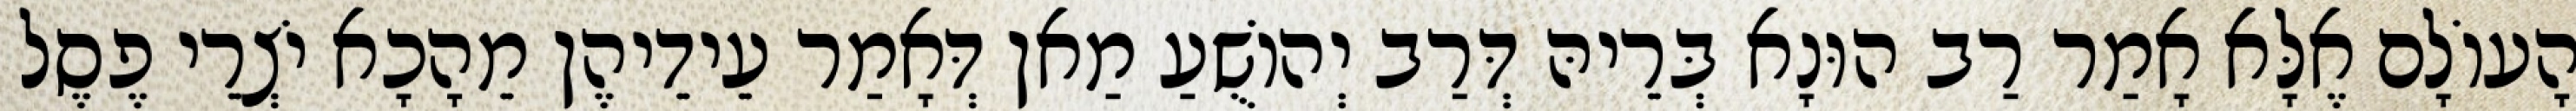
הָעוֹלָם אֶלָּא אָמַר רַב הוּנָא בְּרֵיהּ דְּרַב יְהוֹשֻׁעַ מַאן דְּאָמַר עֵידֵיהֶן מֵהָכָא יֹצְרֵי פֶסֶל